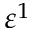
\varepsilon ^ { 1 }